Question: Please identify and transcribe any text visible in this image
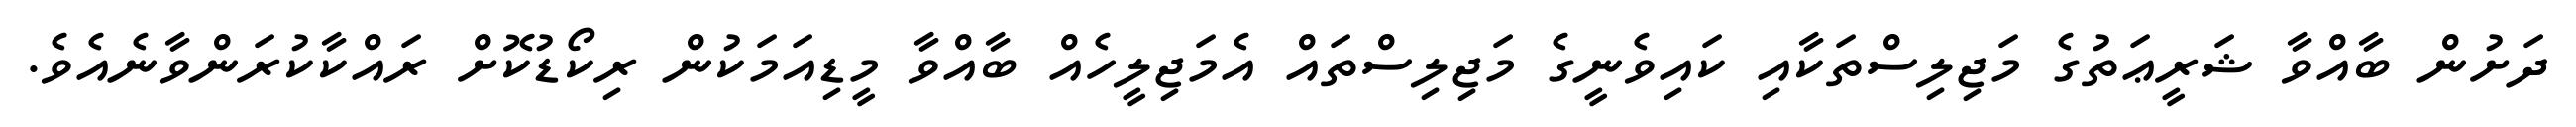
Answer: ދަށުން ބާއްވާ ޝަރީޢަތުގެ މަޖިލިސްތަކާއި ކައިވެނީގެ މަޖިލިސްތައް އެމަޖިލީހެއް ބާއްވާ މީޑިއަމަކުން ރިކޯޑުކޮށް ރައްކާކުރަންވާނެއެވެ.